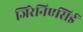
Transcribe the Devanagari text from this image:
जिरेनिएसिई